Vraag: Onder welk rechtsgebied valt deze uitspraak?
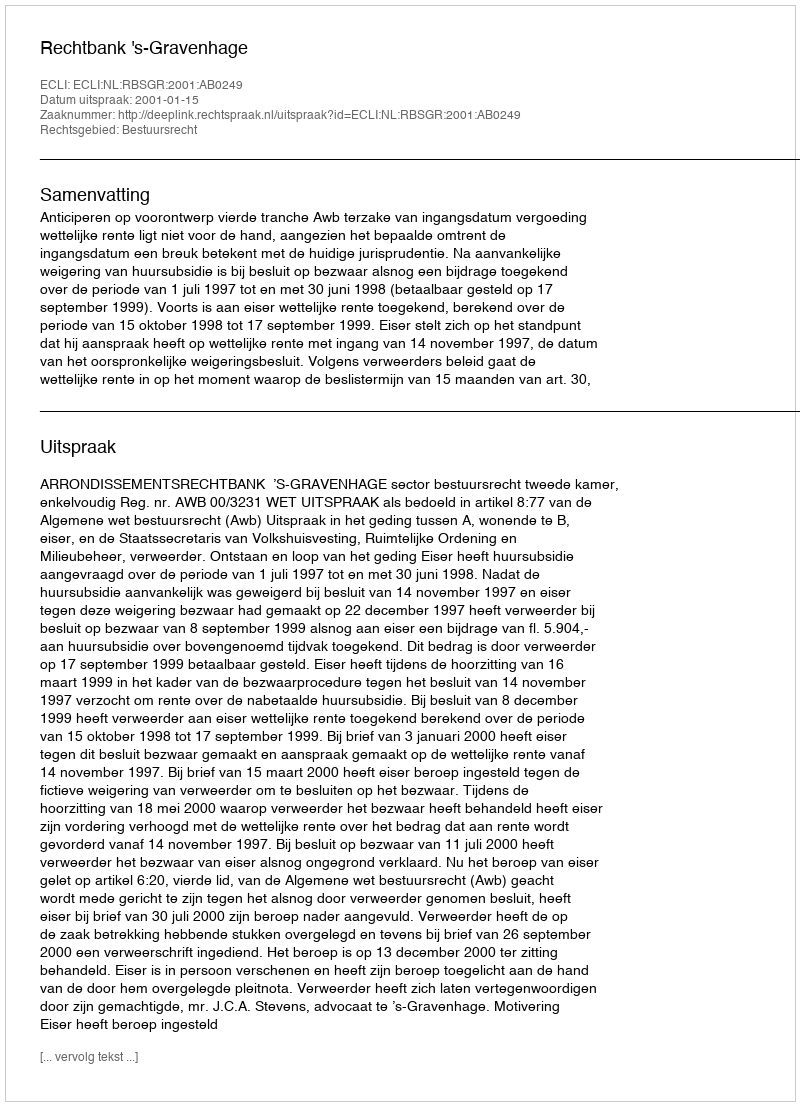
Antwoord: Bestuursrecht